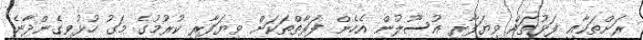
ރަށްތަކާއި ފަޅުތައް ވިޔަފާރި އުސޫލުން އެހެން ފަރާތްތަކަށް ވިޔަފާރި ކުރުމުގެ މަގު ހުޅުވިގެންދާނެ